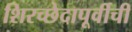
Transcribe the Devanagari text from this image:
शिरच्छेदापूर्वीची